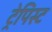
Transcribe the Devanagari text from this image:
ट्रेपिस्ट